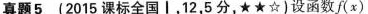
真题5(2015课标全国I，12，5分，★★☆)设函数$$f ( x )